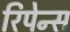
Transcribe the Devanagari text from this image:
रिपेन्स